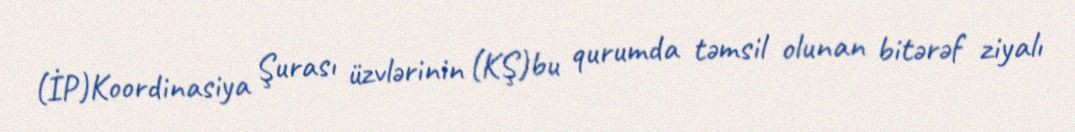
(İP)Koordinasiya Şurası üzvlərinin (KŞ)bu qurumda təmsil olunan bitərəf ziyalı